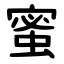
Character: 蜜